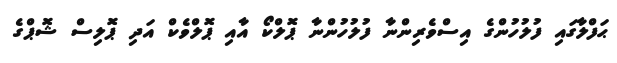
ޙަފްލާގައި ފުލުހުންގެ އިސްވެރިންނާ ފުލުހުންނާ ޕޮލްކޯ އާއި ޕޮލްވެކް އަދި ޕޮލިސް ޝޮޕްގެ